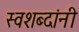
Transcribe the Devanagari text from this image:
स्वशब्दांनी